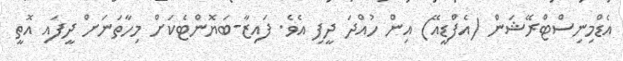
އެޑްމިނިސްޓްރޭޝަން (އެފްޑީއޭ) އިން ހުއްދަ ދީފި އެވެ. ފައިޒާ-ބަޔޮންޓެކަށް މިހާތަނަށް ދީފައި އޮތީ